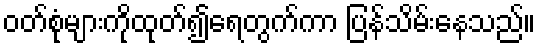
ဝတ်စုံများကိုထုတ်၍ရေတွက်ကာ ပြန်သိမ်းနေသည်။